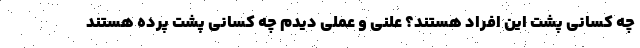
چه کسانی پشت این افراد هستند؟ علنی و عملی دیدم چه کسانی پشت پرده هستند